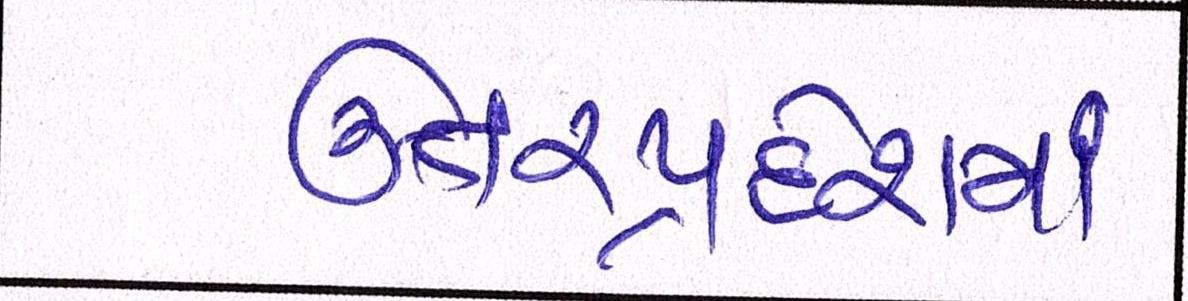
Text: ઉત્તરપ્રદેશમાં